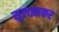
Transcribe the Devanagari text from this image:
सुलझाकर